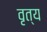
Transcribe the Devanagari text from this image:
वृत्य